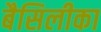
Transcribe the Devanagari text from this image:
बैसिलीका